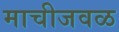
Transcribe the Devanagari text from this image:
माचीजवळ